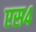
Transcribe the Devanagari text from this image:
एस४